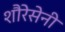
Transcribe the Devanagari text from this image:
शौरेसेनी